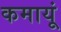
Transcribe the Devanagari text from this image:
कमायूं